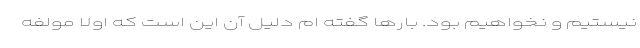
نیستیم و نخواهیم بود. بارها گفته ام دلیل آن این است که اولا مولفه